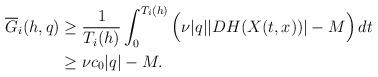
LaTeX: \begin{align*} \begin{aligned}\overline G_i (h, q) &\geq \frac{1}{T_i (h)} \int_0^{T_i (h)} \Big( \nu |q| |DH(X(t, x))| - M \Big) \, dt \\ &\geq \nu c_0 |q| - M.\end{aligned}\end{align*}